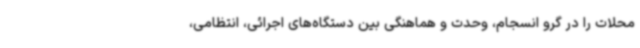
محلات را در گرو انسجام، وحدت و هماهنگی بین دستگاه‌های اجرائی، انتظامی،